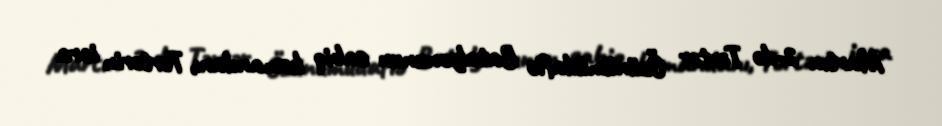
Martın 2-də Tərtər Özünümüdafiə Batalyonunun sabiq komandanı, Tərtərin icra